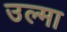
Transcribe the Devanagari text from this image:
उल्मा